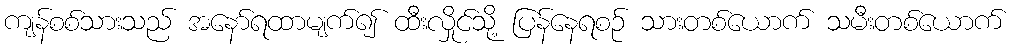
ကျန်စစ်သားသည် အနော်ရထာမျက်၍ ထီးလှိုင်သို့ ပြန်နေရစဉ် သားတစ်ယောက် သမီးတစ်ယောက်